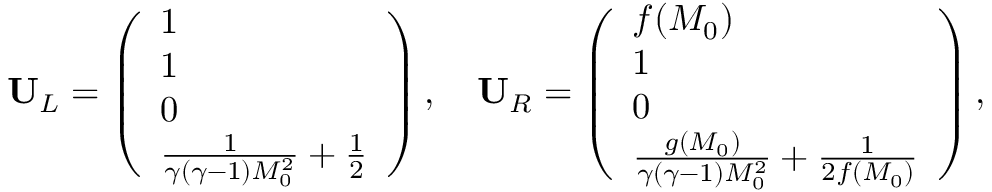
\mathbf { U } _ { L } = \left( \begin{array} { l } { 1 } \\ { 1 } \\ { 0 } \\ { \frac { 1 } { \gamma ( \gamma - 1 ) M _ { 0 } ^ { 2 } } + \frac { 1 } { 2 } } \end{array} \right) , \quad \mathbf { U } _ { R } = \left( \begin{array} { l } { f ( M _ { 0 } ) } \\ { 1 } \\ { 0 } \\ { \frac { g ( M _ { 0 } ) } { \gamma ( \gamma - 1 ) M _ { 0 } ^ { 2 } } + \frac { 1 } { 2 f ( M _ { 0 } ) } } \end{array} \right) ,